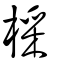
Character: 棌